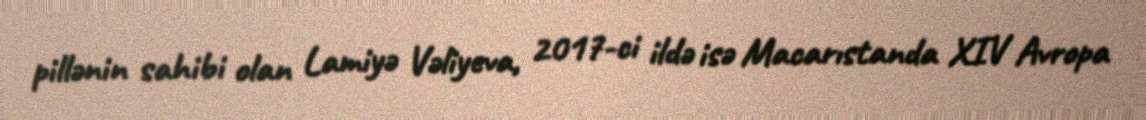
pillənin sahibi olan Lamiyə Vəliyeva, 2017-ci ildə isə Macarıstanda XIV Avropa